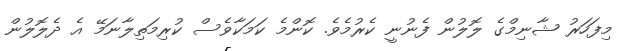
މިފަހަރު ޝާނިމްގެ ލޮލުން ފެނުނީ ކެރުމެވެ. ކޮންމެ ކަމަކާވެސް ކުރިމަތިލާނަމޭ އެ ދެލޮލުން